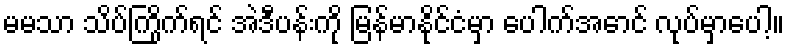
မမသာ သိပ်ကြိုက်ရင် အဲဒီပန်းကို မြန်မာနိုင်ငံမှာ ပေါက်အောင် လုပ်မှာပေါ့။